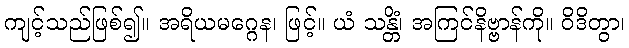
ကျင့်သည်ဖြစ်၍။ အရိယမဂ္ဂေန၊ ဖြင့်။ ယံ သန္တိံ၊ အကြင်နိဗ္ဗာန်ကို။ ဝိဒိတွာ၊